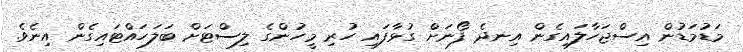
މަޑުމަޑުން އިސްޖަހާލައިގެން އިނދެ ފޯނަށް ގުޅާފައި ހުރި މީހުންގެ ލިސްޓަށް ބަލަހައްޓައިގެން އިނެވެ.